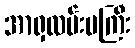
အာရှလမ်းမကြီး